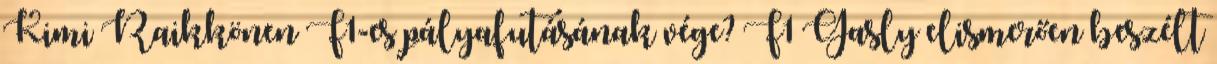
Kimi Raikkönen F1-es pályafutásának vége? F1 Gasly elismerően beszélt